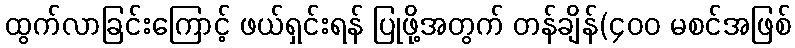
ထွက်လာခြင်းကြောင့် ဖယ်ရှင်းရန် ပြုဖို့အတွက် တန်ချိန်(၄၀၀ မစင်အဖြစ်